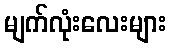
မျက်လုံးလေးများ